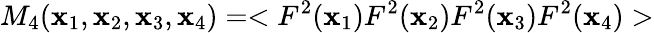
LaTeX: M_{4}(\mathbf{x}_{1},\mathbf{x}_{2},\mathbf{x}_{3},\mathbf{x}_{4})=<F^{2}(\mathbf{x}_{1})F^{2}(\mathbf{x}_{2})F^{2}(\mathbf{x}_{3})F^{2}(\mathbf{x}_{4})>